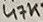
Text: 47K